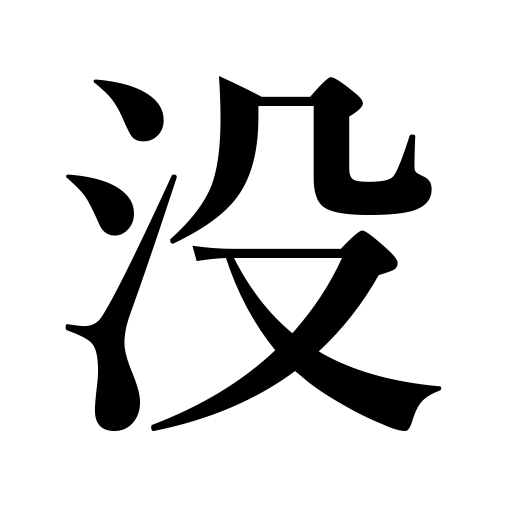
Meanings: rejection of manuscript,be hidden,go down,deceased,hide,die,sink,disappear,fall into,set